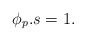
\begin{align*}\phi_p.s=1.\end{align*}